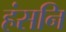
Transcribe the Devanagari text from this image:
हंसनि